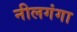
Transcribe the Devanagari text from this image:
नीलगंगा